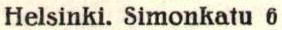
Helsinki. Simonkatu 6